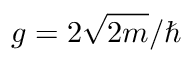
g = 2 \sqrt { 2 m } / \hbar